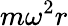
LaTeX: m\omega^{2}r